Annual report on the Civil Veterinary Department, Burma (including the Insein Veterinary School) - 1932-1941
Year: 1932
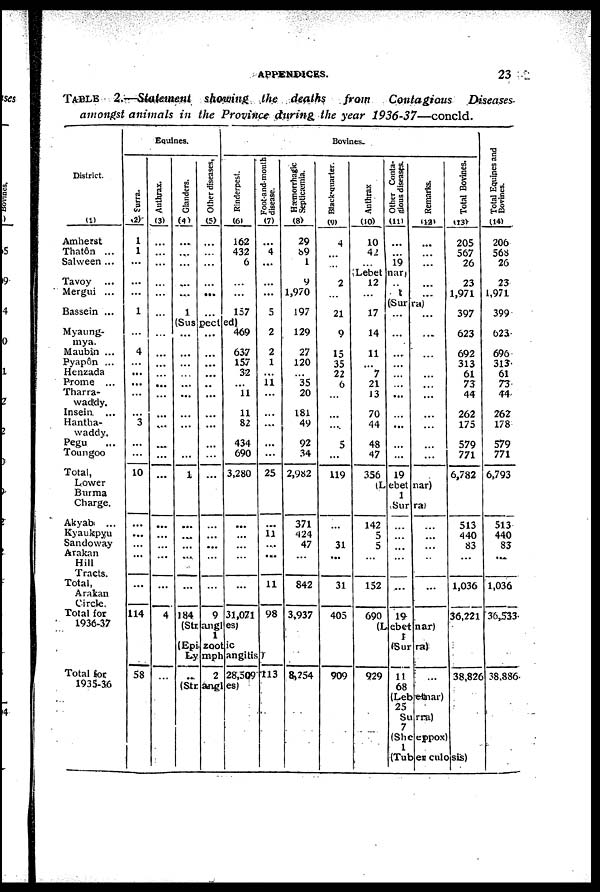
APPENDICES.
23
TABLE
2.—Statement
showing
the
deaths
from
Contagious
Diseases
amongst
animals
in the Province
during
the year
1936-37—concld.
District.
(1)
Amherst
Thatôn ...
Salween ...
Tavoy ...
Mergui ...
Bassein ...
Myaung-
mya.
Maubin ...
Pyapôn ...
Henzada
Prome
...
Tharra-
waddy.
Insein ...
Hantha-
waddy.
Pegu
...
Toungoo
Total,
Lower
Burma
Charge.
Akyab
...
Kyaukpyu
Sandoway
Arakan
Hill
Tracts.
Total,
Arakan
Circle.
Total for
1936-37
Total for
1935-36
Equines.
Surra.
(2)
1
1
...
...
...
1
4
...
...
...
...
...
3
...
...
10
...
...
...
...
...
...
114
58
Anthrax.
(3(
...
...
...
...
...
...
...
...
...
...
...
...
...
...
...
...
...
...
...
...
...
...
...
4
...
Glanders.
(4)
...
...
...
...
...
1
Other diseases,
(5)
...
...
...
...
...
...
Bovines.
Rinderpest.
(6)
162
432
6
...
...
157
(Suspected) ...
...
...
...
...
...
...
...
...
...
1
...
...
...
...
...
184
...
...
...
...
...
...
...
...
...
...
...
...
...
...
...
...
9
469
637
157
32
...
11
11
82
434
690
3,280
...
...
...
...
...
31,071
(Strangles)
1
(Epizootic
Dymphangitis)
...
2 28,509
(Strangles)
Foot-and-mouth
disease.
(7)
...
4
...
...
...
5
2
2
1
...
11
...
...
...
...
...
25
...
11
...
...
11
98
113
Hæmorrhagic
Septicæmia.
(8)
29
89
1
9
1,970
197
129
27
120
...
35
20
181
49
92
34
2,982
371
424
47
...
842
3,937
8,254
Black-quarter.
(9)
4
...
...
2
...
21
9
15
35
22
6
...
...
...
5
...
119
...
...
31
...
31
405
909
Anthrax
(10)
10
42
...
Other Conta-
gious diseases.
(11)
...
...
19
(Lebetnar)
12
...
17
14
11
...
7
21
13
70
44
48
47
356
...
1
Remarks.
(12)
...
...
...
...
...
(Surra)
...
...
...
...
...
...
...
...
...
...
...
19
...
...
...
...
...
...
...
...
...
...
...
(Lebetnar)
1
(Surra)
142
5
5
...
152
690
...
...
...
...
...
19
...
...
...
...
...
...
(Lebetnar)
1
(Surra)
929
11
68
...
Total Bovines.
(13)
205
567
26
23
1,971
397
623
692
313
61
73
44
262
175
579
771
6,782
513
140
83
...
1,036
36,221
38,826
(Labetnar)
25
(Surra)
7
(Sheeppox)
1
(Tuber culosis)
Total Equines and
Bovines.
(14)
206
56b
26
23
1,971
399
623
696
313
61
73
44
262
178
579
771
6,793
513
440
83
...
1,036
36,533
38,886